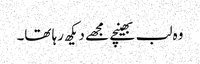
وہ لب بھینچے مجھے دیکھ رہا تھا۔